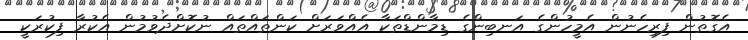
އެގޮތުން ފިރިހެނުން އެމީހުންގެ އަނބިންގެ ޑިމާންޑްތަކާ އެއްވަރަށް ކަންތައްތައް ނުކޮށްދެވުމުން އެކުރާ ފިކުރަކީ